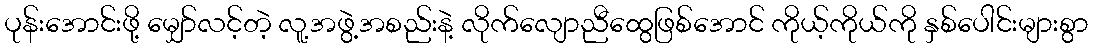
ပုန်းအောင်းဖို့ မျှော်လင့်တဲ့ လူ့အဖွဲ့အစည်းနဲ့ လိုက်လျောညီထွေဖြစ်အောင် ကိုယ့်ကိုယ်ကို နှစ်ပေါင်းများစွာ